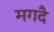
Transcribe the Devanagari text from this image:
मगदै